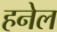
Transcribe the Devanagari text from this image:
हनेल